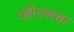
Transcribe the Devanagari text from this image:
व्हीनसचा